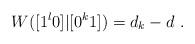
LaTeX: \begin{align*}W([1^l0]|[0^k1]) = d_k - d \ .\end{align*}